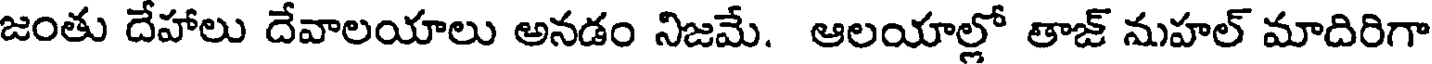
జంతు దేహాలు దేవాలయాలు అనడం నిజమే. ఆలయాల్లో తాజ్ మహల్ మాదిరిగా